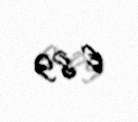
€ 89